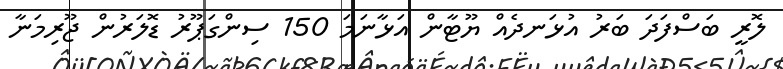
ލޮރީ ބަސްފަދަ ބަރު އުޅަނދެއް ޔޫޓާން އަޅާނަމަ 150 ސިންގަޕޫރު ޑޮލަރުން ޖޫރިމަނާ